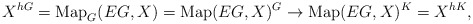
\begin{align*}X^{hG} = \mathrm{Map}_G(EG, X) = \mathrm{Map}(EG, X)^G \to \mathrm{Map}(EG, X)^K = X^{hK},\end{align*}